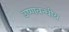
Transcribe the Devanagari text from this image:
उष्णबन्धीय